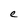
Character: e